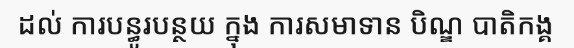
ដល់ ការបន្ធូរបន្ថយ ក្នុង ការសមាទាន បិណ្ឌ បាតិកង្គ